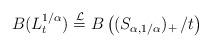
LaTeX: \begin{align*}B(L^{1/\alpha}_t) \overset{\mathcal{L}}{=} B\left( (S_{\alpha,1/\alpha})_+ \, / t\right)\end{align*}